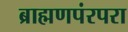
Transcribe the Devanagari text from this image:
ब्राह्मणपंरपरा